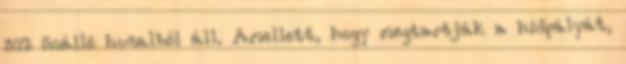
572 önálló huzalból áll. Amellett, hogy megtartják a hídpályát,